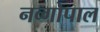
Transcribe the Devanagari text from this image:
नव्गोपाल